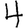
Digit: 4